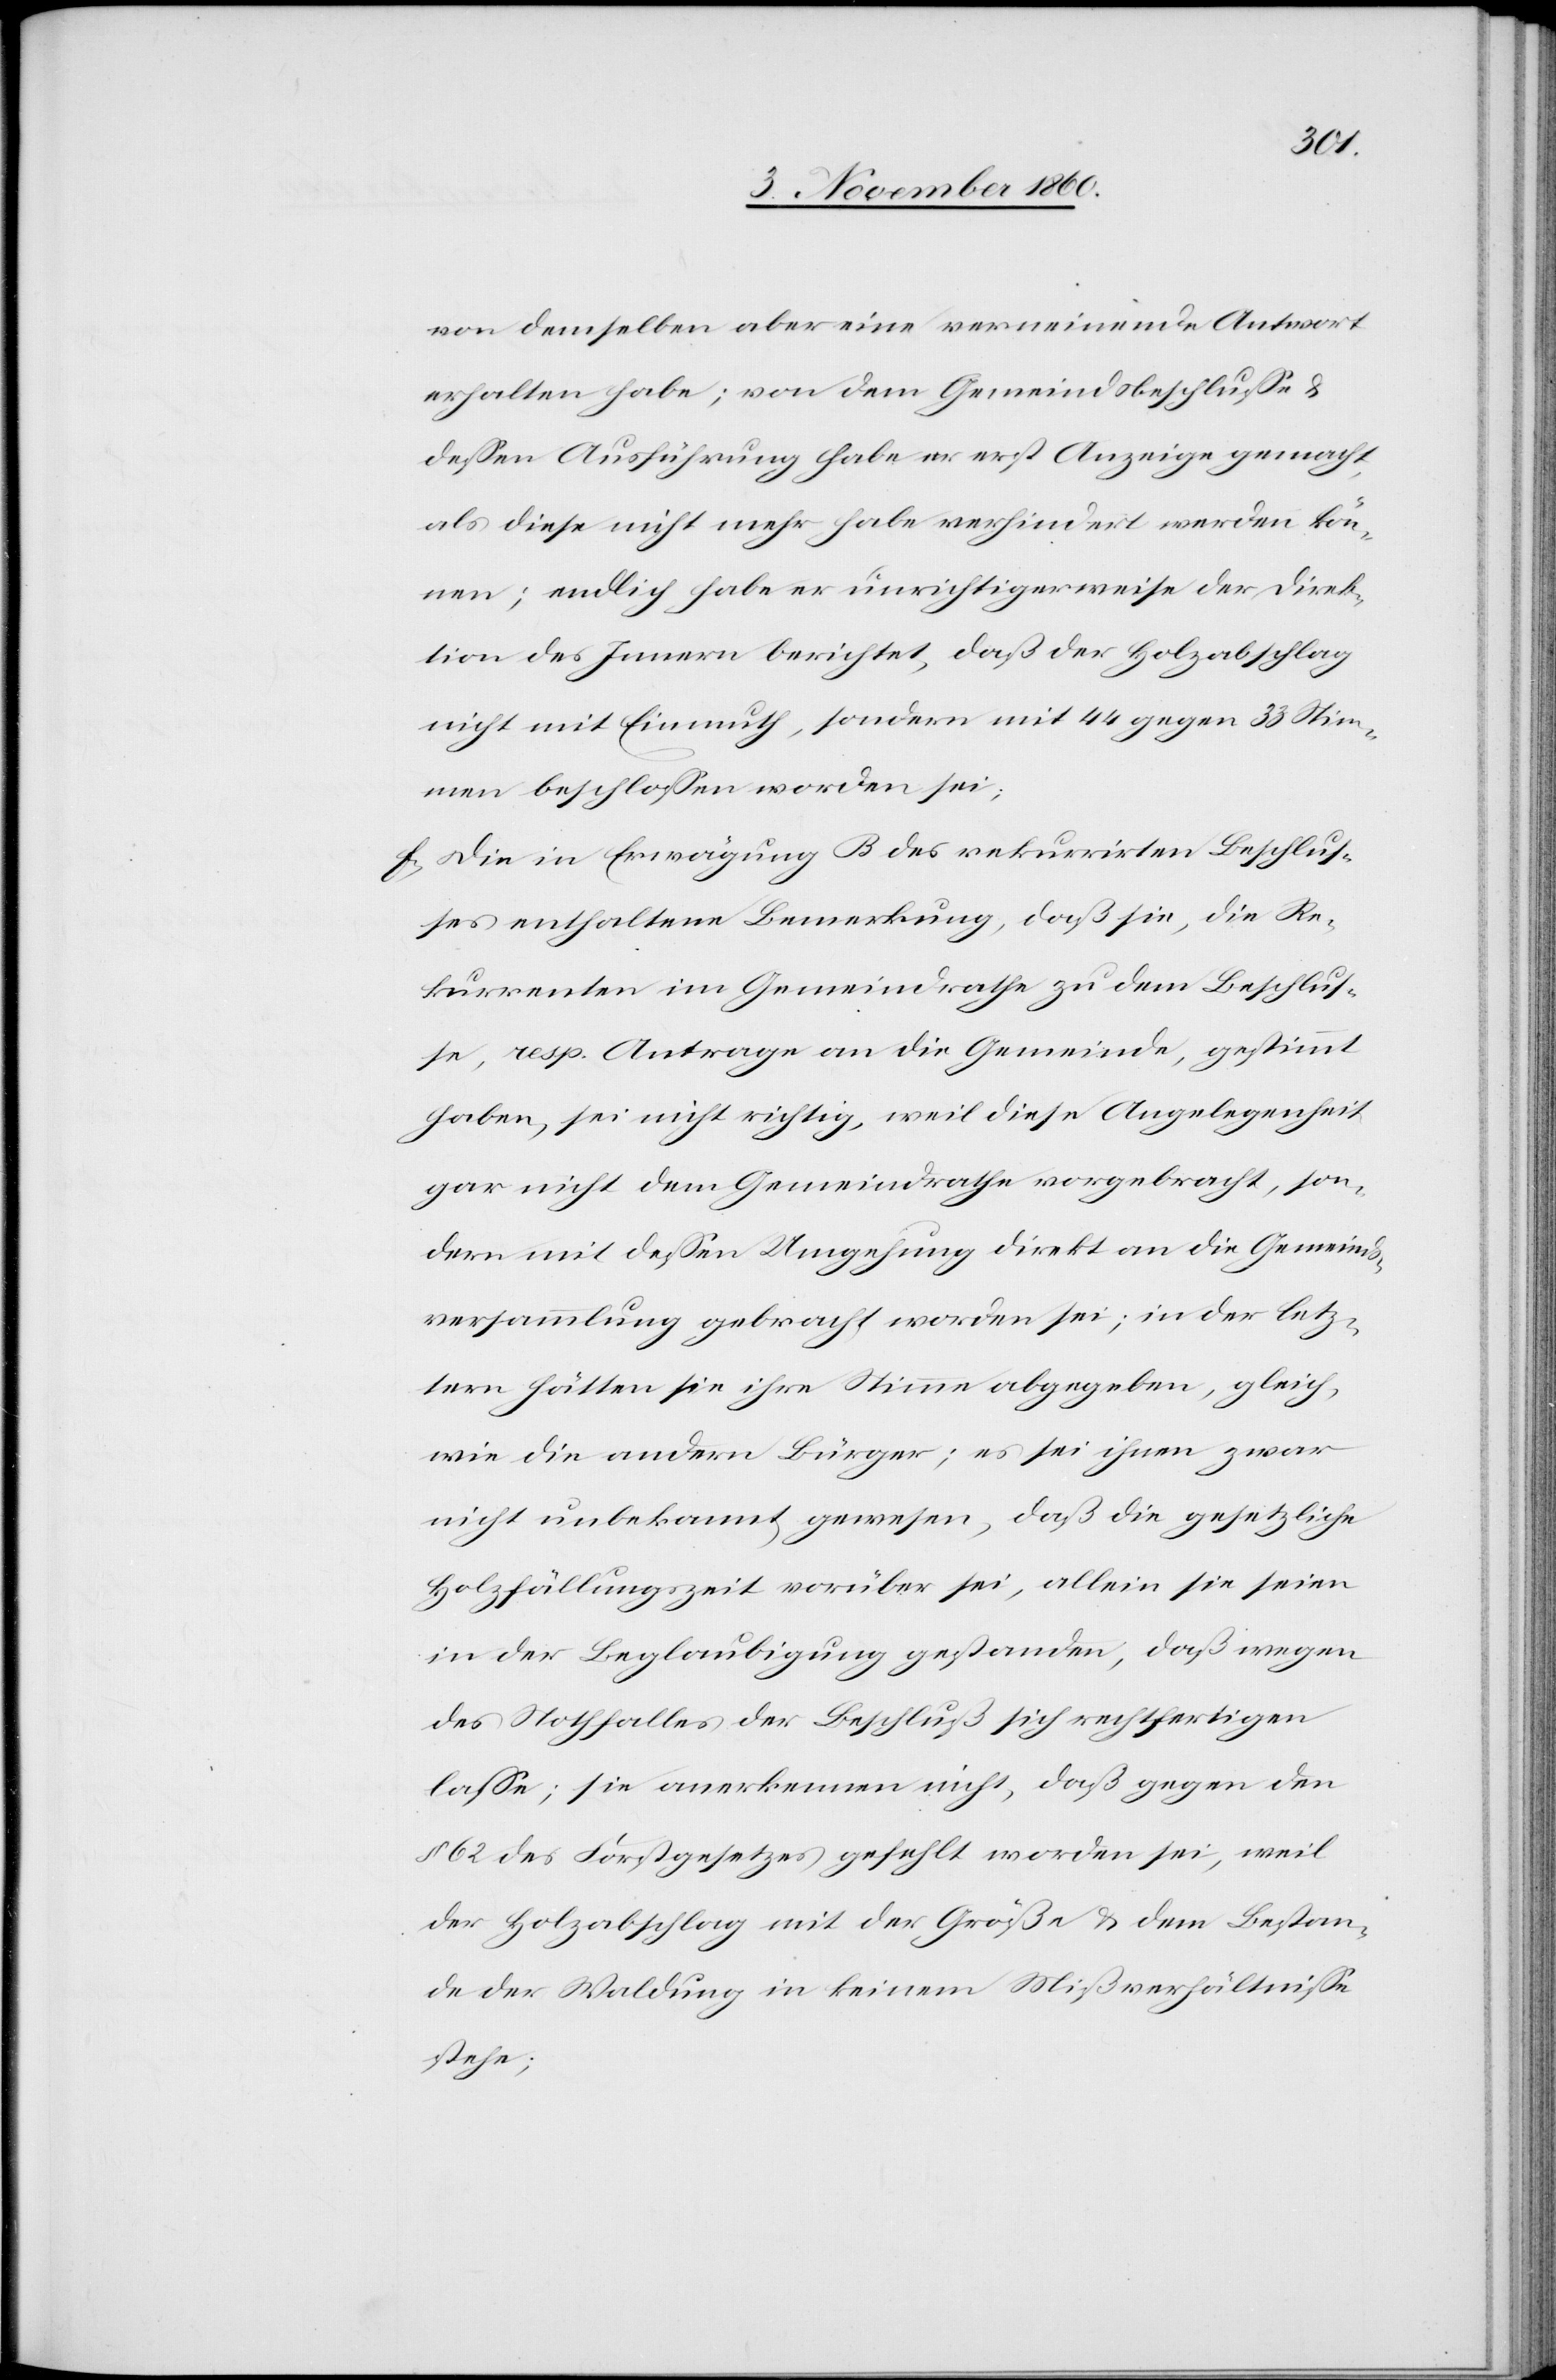
von demselben aber eine verneinende Antwort
erhalten habe; von dem Gemeindsbeschlusse u.
dessen Ausführung habe er erst Anzeige gemacht,
als diese nicht mehr habe verhindert werden kön¬
ne; endlich habe er unrichtigerweise der Direk¬
tion des Innern berichtet, daß der Holzabschlag
nicht mit Einmuth, sondern mit 44 gegen 33 Stim¬
men beschlossen worden sei.
f) Die in Erwägung B des rekurrirten Beschlus¬
ses enthaltene Bemerkung, daß sie, die Re¬
kurrenten im Gemeindrathe zu dem Beschlus¬
se, resp. Antrage an die Gemeinde gestimmt
haben, sei nicht richtig, weil diese Angelegenheit
gar nicht dem Gemeindrathe vorgebracht, son¬
dern mit dessen Umgehung direkt an die Gemeinds¬
versammlung gebracht worden sei; in der letz¬
tern hätten sie ihre Stimme abgegeben, gleich
wie die andern Bürger; es sei ihnen zwar
nicht unbekannt gewesen, daß die gesetzliche
Holzfällungszeit vorüber sei, allein sie seien
in der Beglaubigung gestanden, daß wegen
des Nothfalles der Beschluß sich rechtfertigen
lasse; sie anerkennen nicht, daß gegen den
§ 62 des Forstgesetzes gefehlt worden sei, weil
der Holzabschlag mit der Größe u. dem Bestan¬
de der Waldung in keinem Mißverhältnisse
stehe;